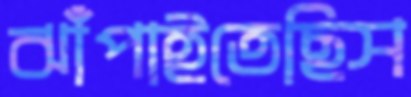
ঝাঁপাইতেছিস